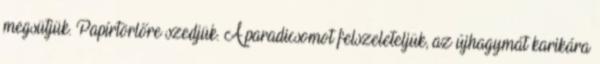
megsütjük. Papírtörlőre szedjük. A paradicsomot felszeleteljük, az újhagymát karikára